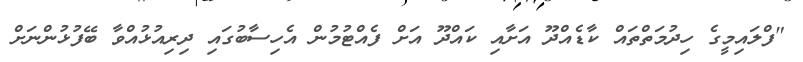
"ފްލައިމީގެ ހިދުމަތްތައް ކާޑެއްދޫ އަށާއި ކައްދޫ އަށް ފެއްޓުމުން އެހިސާބުގައި ދިރިއުޅުއްވާ ބޭފުޅުންނަށް